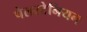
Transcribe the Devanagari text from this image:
पेलस्टेनियन